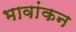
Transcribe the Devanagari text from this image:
भावांकन